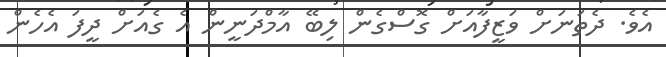
އެވެ. ދެތަނަށް ވަޒީފާއަށް ގޮސްގެން ލިބޭ އާމްދަނީން އެ ގެއަށް ދީފަ އެހެން